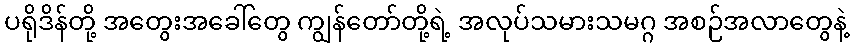
ပရိုဒိန်တို့ အတွေးအခေါ်တွေ ကျွန်တော်တို့ရဲ့ အလုပ်သမားသမဂ္ဂ အစဉ်အလာတွေနဲ့